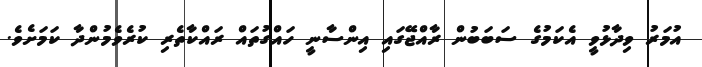
އުމަރު ވިދާޅުވީ އެކަމުގެ ސަބަބުން ރާއްޖޭގައި އިންސާނީ ހައްގުތައް ރައްކާތެރި ކުރެވެމުންދާ ކަމަށެވެ.